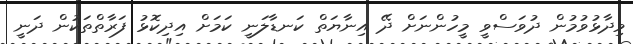
ވިދާޅުވުމުން ދުވަސްވީ މީހުންނަށް ދޭ އިނާޔަތް ކަނޑާލަނީ ކަމަށް އިދިކޮޅު ފަރާތްތަކުން ދަނީ